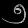
Digit: ၅